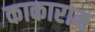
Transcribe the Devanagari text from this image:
काकाराम